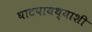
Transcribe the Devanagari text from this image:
घाटपायथ्याशी